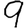
Digit: 9